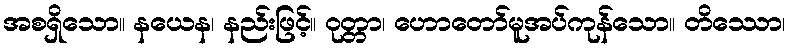
အစရှိသော။ နယေန၊ နည်းဖြင့်။ ဝုတ္တာ၊ ဟောတော်မူအပ်ကုန်သော။ တိဿော၊